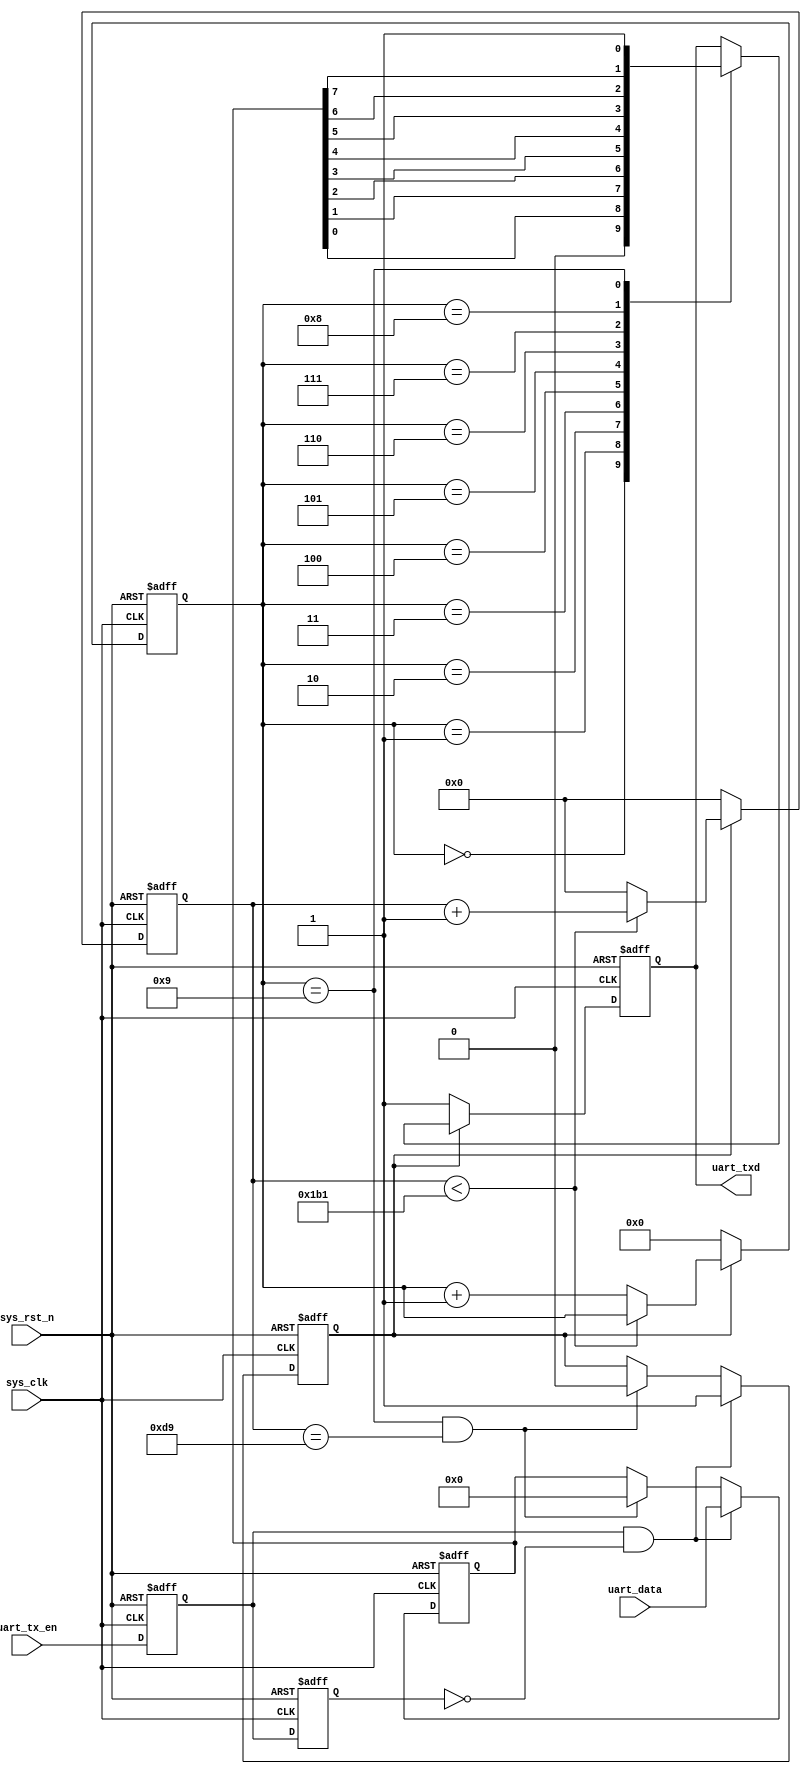
// This program was cloned from: https://github.com/huangxc6/Software_Hardware_Co-Design_24Spring
// License: MIT License

module uart_tx(
    input               sys_clk,            //50M
    input               sys_rst_n,          //
    input    [7:0]      uart_data,          //8
    input               uart_tx_en,         //
    output reg          uart_txd            //
);
 
parameter     SYS_CLK_FRE=50_000_000;       //50M 
parameter     BPS=115200;                   //115200bps
localparam    BPS_CNT=SYS_CLK_FRE/BPS;      //
 
reg                 uart_tx_en_d0;          //1
reg                 uart_tx_en_d1;          //2
reg                 tx_flag;                //
reg [7:0]           uart_data_reg;          //
reg [15:0]          clk_cnt;                //
reg [3:0]           tx_cnt;                 //
 
wire pos_uart_en_txd;        //
//
assign pos_uart_en_txd = uart_tx_en_d0 && (~uart_tx_en_d1);
 
always @(posedge sys_clk or negedge sys_rst_n)begin
    if (!sys_rst_n)begin
        uart_tx_en_d0 <= 1'b0;
        uart_tx_en_d1 <= 1'b0;        
    end
    else begin
        uart_tx_en_d0 <= uart_tx_en;
        uart_tx_en_d1 <= uart_tx_en_d0;
    end    
end

//9
always @(posedge sys_clk or negedge sys_rst_n) begin
    if (!sys_rst_n) begin
        tx_flag       <= 1'b0;
        uart_data_reg <= 8'd0;
    end else if (pos_uart_en_txd) begin
        tx_flag       <= 1'b1;
        uart_data_reg <= uart_data;
    end else if ((tx_cnt==4'd9) && (clk_cnt==BPS_CNT/2)) begin//9
        tx_flag       <= 1'b0;
        uart_data_reg <= 8'd0;
    end
end

//BPS_CNT1
always @(posedge sys_clk or negedge sys_rst_n) begin
    if (!sys_rst_n)begin
        clk_cnt <= 16'd0;
        tx_cnt  <= 4'd0;
    end
    else if (tx_flag) begin
        if (clk_cnt<BPS_CNT-1) begin
            clk_cnt <= clk_cnt+1'b1;
            tx_cnt  <= tx_cnt;
        end
        else begin
            clk_cnt <= 16'd0;
            tx_cnt  <= tx_cnt+1'b1;
        end
    end
    else begin
        clk_cnt <= 16'd0;
        tx_cnt  <= 4'd0;
    end
end

//
always @(posedge sys_clk or negedge sys_rst_n) begin
    if (!sys_rst_n)
        uart_txd<=1'b1;
    else if (tx_flag)
        case (tx_cnt)
            4'd0: uart_txd <= 1'b0;
            4'd1: uart_txd <= uart_data_reg[0];
            4'd2: uart_txd <= uart_data_reg[1];
            4'd3: uart_txd <= uart_data_reg[2];
            4'd4: uart_txd <= uart_data_reg[3];
            4'd5: uart_txd <= uart_data_reg[4];
            4'd6: uart_txd <= uart_data_reg[5];
            4'd7: uart_txd <= uart_data_reg[6];
            4'd8: uart_txd <= uart_data_reg[7];
            4'd9: uart_txd <= 1'b1;
            default:;
        endcase
    else     
        uart_txd<=1'b1;
end
endmodule